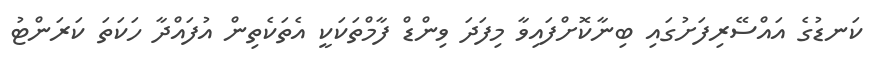
ކަނޑުގެ އައްސޭރިފަށުގައި ބިނާކޮށްފައިވާ މިފަދަ ވިންޑް ފާމްތަކަކީ އެތަކެތިން އުފައްދާ ހަކަތަ ކަރަންޓު